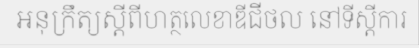
អនុក្រឹត្យស្តីពីហត្ថលេខាឌីជីថល នៅទីស្តីការ